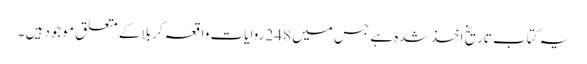
یہ کتاب تاریخ اخذ شدہ ہے جس میں 248 روایات واقعہ کربلا کے متعلق موجود ہیں ۔